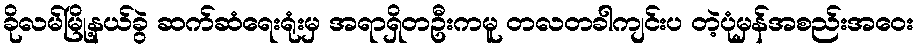
ခိုလမ်မြို့နယ်ခွဲ ဆက်ဆံရေးရုံးမှ အရာရှိတဦးကမူ တလတခါကျင်းပ တဲ့ပုံမှန်အစည်းအဝေး